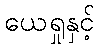
ယေရှုနှင့်